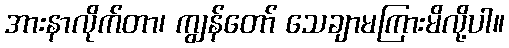
အားနာလိုက်တာ၊ ကျွန်တော် သေချာမကြားမိလို့ပါ။